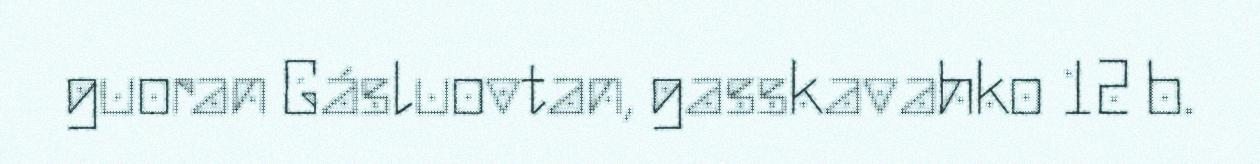
guoran Gásluovtan, gasskavahko 12 b.